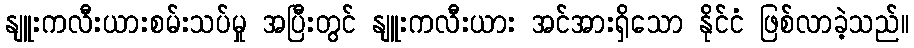
နျူးကလီးယားစမ်းသပ်မှု အပြီးတွင် နျူးကလီးယား အင်အားရှိသော နိုင်ငံ ဖြစ်လာခဲ့သည်။